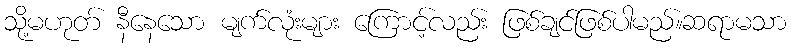
သို့မဟုတ် နီနေသော မျက်လုံးများ ကြောင့်လည်း ဖြစ်ချင်ဖြစ်ပါမည်။ဆရာမသာ